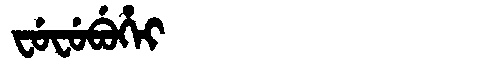
Manchu: ᠸᡠᠸᡠᠪᡠᡥᡝᡳ
Romanization: FUFUBUHEI